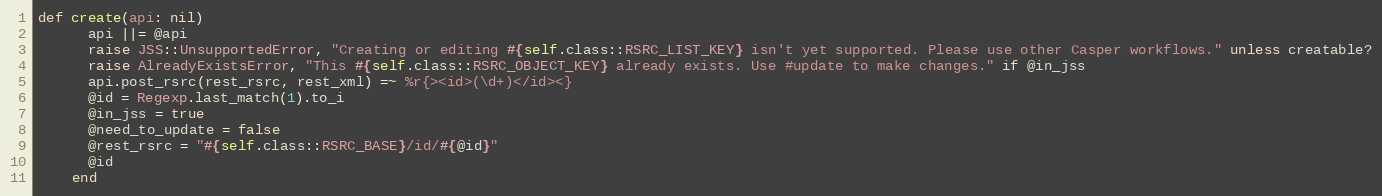
Language: Ruby
def create(api: nil)
      api ||= @api
      raise JSS::UnsupportedError, "Creating or editing #{self.class::RSRC_LIST_KEY} isn't yet supported. Please use other Casper workflows." unless creatable?
      raise AlreadyExistsError, "This #{self.class::RSRC_OBJECT_KEY} already exists. Use #update to make changes." if @in_jss
      api.post_rsrc(rest_rsrc, rest_xml) =~ %r{><id>(\d+)</id><}
      @id = Regexp.last_match(1).to_i
      @in_jss = true
      @need_to_update = false
      @rest_rsrc = "#{self.class::RSRC_BASE}/id/#{@id}"
      @id
    end